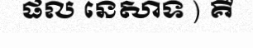
ផល នេសាទ ) គឺ